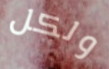
ولكل